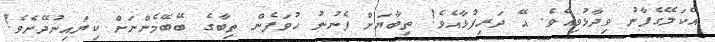
އެކަލޭގެފާނު ވިދާޅުވިއެވެ. އޭ ދަރިފުޅާއެވެ! ތިބާޔަށް ފެނުނު ހުވަފެން ތިބާގެ ބޭބޭމެންނަށް ކިޔައިނުދޭށެވެ!